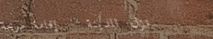
نزل المدينة   إقامة مريحة